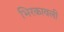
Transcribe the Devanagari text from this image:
भिरकावली